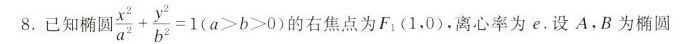
8.已经椭圆\frac{x^2}{a^2}+\frac{y^2}{b^2}=1(a>b>0)的右焦点为F_{1}(1,0),离心率为e.设A，B为椭圆